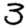
Digit: 3